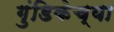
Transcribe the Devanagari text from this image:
गुंडिकेच्या